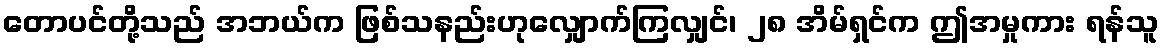
တောပင်တို့သည် အဘယ်က ဖြစ်သနည်းဟုလျှောက်ကြလျှင်၊ ၂၈ အိမ်ရှင်က ဤအမှုကား ရန်သူ